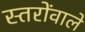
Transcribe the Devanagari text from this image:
स्तरोंवाले